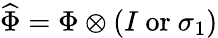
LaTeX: \widehat\Phi=\Phi\otimes(I\mathrm{~or~}\sigma_{1})